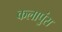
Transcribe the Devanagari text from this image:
कलापुंस